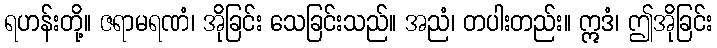
ရဟန်းတို့။ ဇရာမရဏံ၊ အိုခြင်း သေခြင်းသည်။ အညံ၊ တပါးတည်း။ ဣဒံ၊ ဤအိုခြင်း